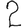
Digit: 2